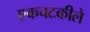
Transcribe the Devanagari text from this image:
एकचटकीले